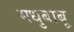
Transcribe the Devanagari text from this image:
मधुबाबू